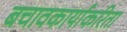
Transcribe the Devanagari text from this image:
बचावकार्याकरिता